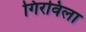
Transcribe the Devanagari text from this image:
गिरविला